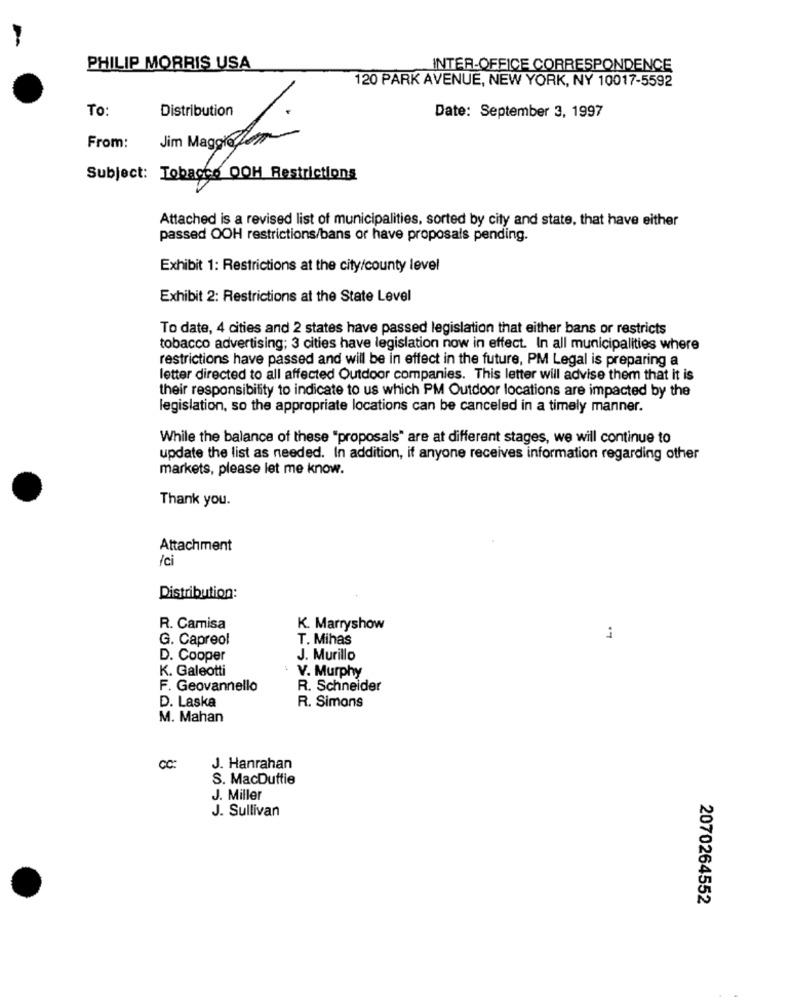
PHILIP MORRIS USA
INTER-OFFICE CORRESPONDENCE
120 PARK AVENUE, NEW YORK, NY 10017-5592
To:
Distribution
Date: September 3, 1997
From:
Jim Maggie
Subject: Tobacco OOH Restrictions
Attached is a revised list of municipalities, sorted by city and state, that have either
passed OOH restrictions/bans or have proposals pending.
Exhibit 1: Restrictions at the city/county level
Exhibit 2: Restrictions at the State Level
To date, 4 cities and 2 states have passed legislation that either bans or restricts
tobacco advertising; 3 cities have legislation now in effect. In all municipalities where
restrictions have passed and will be in effect in the future, PM Legal is preparing a
letter directed to all affected Outdoor companies. This letter will advise them that it is
their responsibility to indicate to us which PM Outdoor locations are impacted by the
legislation, so the appropriate locations can be canceled in a timely manner.
While the balance of these "proposals" are at different stages, we will continue to
update the list as needed. In addition, if anyone receives information regarding other
markets, please let me know.
Thank you.
Attachment
Ici
Distribution:
R. Camisa
K. Marryshow
G. Capreol
T. Mihas
1
D. Cooper
J. Murillo
K. Galeotti
V. Murphy
F. Geovannello
R. Schneider
D. Laska
R. Simons
M. Mahan
CC:
J. Hanrahan
S. MacDuffie
J. Miller
J. Sullivan
2070264552